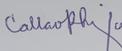
Signature authenticity: genuine